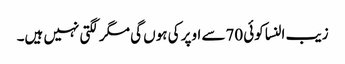
زیب النسا کوئی 70سے اوپر کی ہوں گی مگر لگتی نہیں ہیں۔